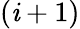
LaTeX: (\mathit{i}+1)